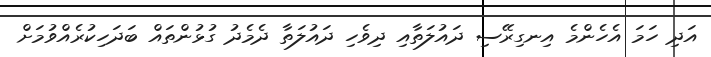
އަދި ހަމަ އެހެންމެ އިނގިރޭސި ދައުލަތާއި ދިވެހި ދައުލަތާ ދެމެދު ގުޅުންތައް ބަދަހިކުރެއްވުމަށް